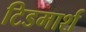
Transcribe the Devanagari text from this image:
टिडमार्श